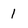
Character: 1